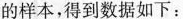
的样本，得到数据如下：